Mental hospitals Bombay report 1929-33 - 1929-1933
Year: 1929
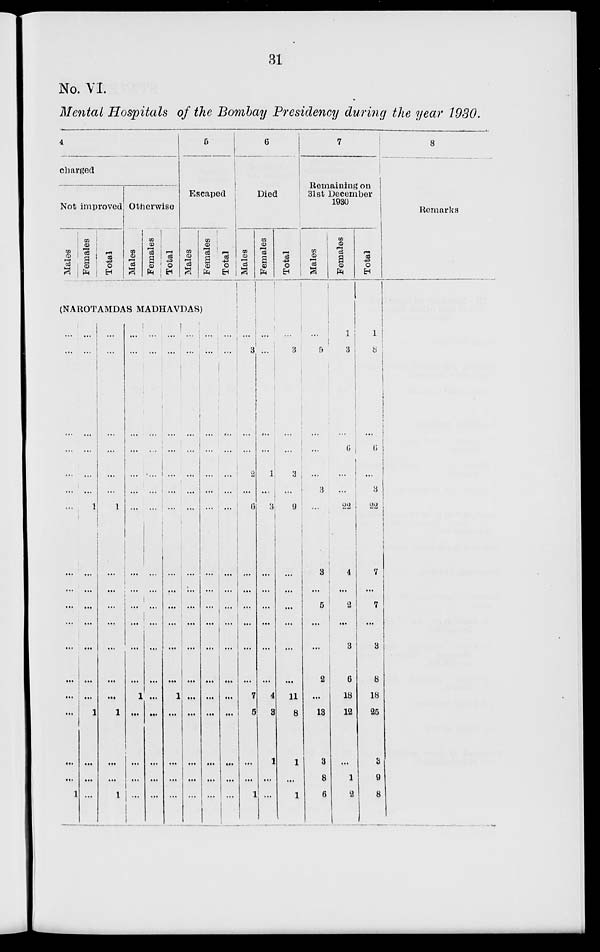
31
No. VI.
Mental Hospitals of the Bombay Presidency during the year 1930.
4
charged
Not improved
Males
Females
Total
Otherwise
Males
Females
Total
5
Escaped
Males
Females
Total
(NAROTAMDAS MADHAVDAS)
...
...
...
...
...
...
...
...
...
...
...
...
...
...
...
...
...
1
...
...
...
...
...
...
1
...
...
...
...
...
...
...
1
...
...
...
...
...
...
...
...
...
1
...
...
...
...
...
...
...
1
...
...
1
...
...
...
...
...
...
...
...
...
...
...
...
...
1
...
...
...
...
...
...
...
...
...
...
...
...
...
...
...
...
...
...
...
...
...
...
...
...
...
...
...
...
...
...
...
...
...
...
1
...
...
...
...
...
...
...
...
...
...
...
...
...
...
...
...
...
...
...
...
...
...
...
...
...
...
...
...
...
...
...
...
...
...
...
...
...
...
...
...
...
...
...
...
...
...
...
...
...
...
...
...
...
...
...
...
6
Died
Males
...
3
...
...
2
...
6
...
...
...
...
...
...
7
5
...
...
1
Females
...
...
...
...
1
...
3
...
...
...
...
...
...
4
3
1
...
...
Total
...
3
...
...
3
...
9
...
...
...
...
...
...
11
8
1
...
1
7
Remaining on
31st December
1930
Males
...
5
...
...
...
3
...
3
...
5
...
...
2
...
13
3
8
6
Females
1
3
...
6
...
...
22
4
...
2
...
3
6
18
12
...
1
2
Total
1
8
...
6
...
3
22
7
...
7
...
3
8
18
25
3
9
8
8
Remarks